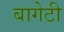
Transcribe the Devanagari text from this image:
बागेटी